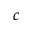
c